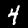
Label: 4